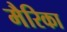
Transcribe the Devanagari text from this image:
मैरिका